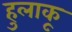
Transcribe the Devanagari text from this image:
हुलाकू